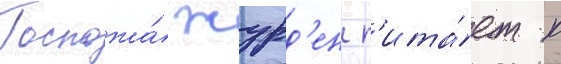
Госпожа́ журд'ен п'ита́ет к